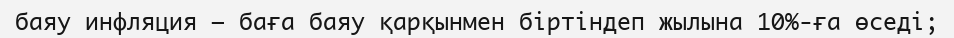
баяу инфляция — баға баяу қарқынмен біртіндеп жылына 10%-ға өседі;